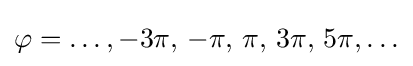
\varphi =\ldots ,-3\pi ,\,-\pi ,\,\pi ,\,3\pi ,\,5\pi ,\ldots